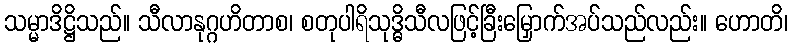
သမ္မာဒိဋ္ဌိသည်။ သီလာနုဂ္ဂဟိတာစ၊ စတုပါရိသုဒ္ဓိသီလဖြင့်ခြီးမြှောက်အပ်သည်လည်း။ ဟောတိ၊